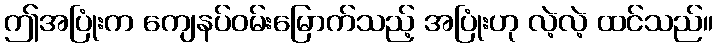
ဤအပြုံးက ကျေနပ်ဝမ်းမြောက်သည့် အပြုံးဟု လဲ့လဲ့ ထင်သည်။